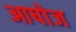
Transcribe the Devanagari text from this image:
आषोज